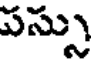
పస్సు